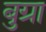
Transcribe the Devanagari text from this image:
बुग्रा